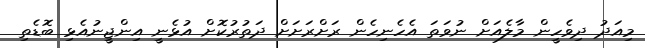
މިއަދު ދިވެހީން މާލެއަށް ނުވަތަ އެހެނިހެން ރަށްރަށަށް ދަތުރުކޮށް އުޅެނީ އިންޖީނުއެޅި ބޮޑެތި